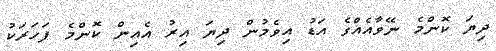
ދިޔަ ކޮންމެ ނޭވާއެއްގެ އަޑު އިވެމުން ދިޔަ އިރު އެއިން ކޮންމެ ފަހަރަކު